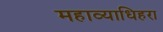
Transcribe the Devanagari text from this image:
महाव्याधिहरा